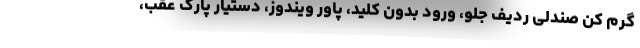
گرم کن صندلی ردیف جلو، ورود بدون کلید، پاور ویندوز، دستیار پارک عقب،